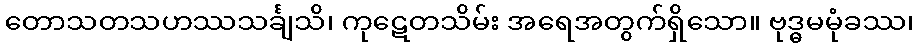
တောသတသဟဿသင်္ချသိ၊ ကုဋေတသိမ်း အရေအတွက်ရှိသော။ ဗုဒ္ဓမမုံခဿ၊